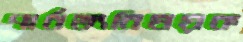
পার্বত্যবিষয়ক